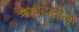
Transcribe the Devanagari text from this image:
ॠग्वेदातील